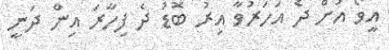
އީވޯ އަށް ދެ އަހަރުވާ އިރު ބޮޑު ދެ ފިހާރަ އިން ދަނީ